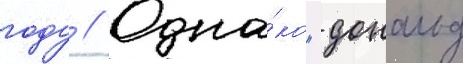
году // Одна́ко "дональд